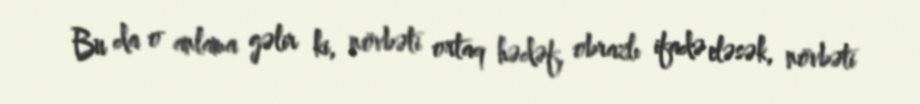
Bu da o anlama gəlir ki, növbəti ortaq hədəf, obrazlı ifadə eləsək, növbəti